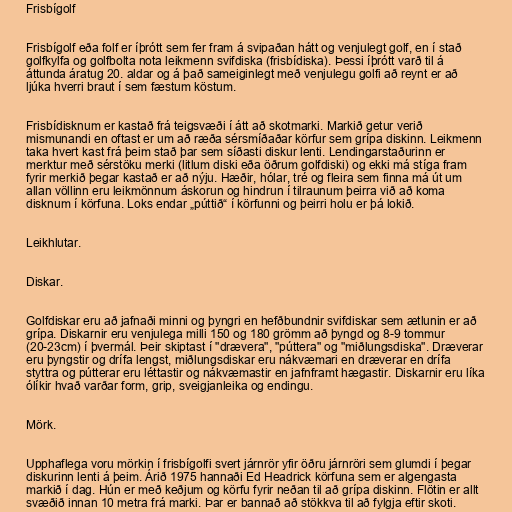
Frisbígolf

Frisbígolf eða folf er íþrótt sem fer fram á svipaðan hátt og venjulegt golf, en í stað
golfkylfa og golfbolta nota leikmenn svifdiska (frisbídiska). Þessi íþrótt varð til á
áttunda áratug 20. aldar og á það sameiginlegt með venjulegu golfi að reynt er að
ljúka hverri braut í sem fæstum köstum.

Frisbídisknum er kastað frá teigsvæði í átt að skotmarki. Markið getur verið
mismunandi en oftast er um að ræða sérsmíðaðar körfur sem grípa diskinn. Leikmenn
taka hvert kast frá þeim stað þar sem síðasti diskur lenti. Lendingarstaðurinn er
merktur með sérstöku merki (litlum diski eða öðrum golfdiski) og ekki má stíga fram
fyrir merkið þegar kastað er að nýju. Hæðir, hólar, tré og fleira sem finna má út um
allan völlinn eru leikmönnum áskorun og hindrun í tilraunum þeirra við að koma
disknum í körfuna. Loks endar „púttið“ í körfunni og þeirri holu er þá lokið.

Leikhlutar.

Diskar.

Golfdiskar eru að jafnaði minni og þyngri en hefðbundnir svifdiskar sem ætlunin er að
grípa. Diskarnir eru venjulega milli 150 og 180 grömm að þyngd og 8-9 tommur
(20-23cm) í þvermál. Þeir skiptast í "drævera", "púttera" og "miðlungsdiska". Dræverar
eru þyngstir og drífa lengst, miðlungsdiskar eru nákvæmari en dræverar en drífa
styttra og pútterar eru léttastir og nákvæmastir en jafnframt hægastir. Diskarnir eru líka
ólíkir hvað varðar form, grip, sveigjanleika og endingu.

Mörk.

Upphaflega voru mörkin í frisbígolfi svert járnrör yfir öðru járnröri sem glumdi í þegar
diskurinn lenti á þeim. Árið 1975 hannaði Ed Headrick körfuna sem er algengasta
markið í dag. Hún er með keðjum og körfu fyrir neðan til að grípa diskinn. Flötin er allt
svæðið innan 10 metra frá marki. Þar er bannað að stökkva til að fylgja eftir skoti.